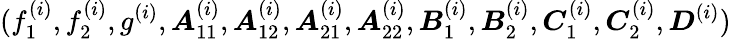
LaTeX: (f_{1}^{(i)},f_{2}^{(i)},g^{(i)},\boldsymbol{A}_{11}^{(i)},\boldsymbol{A}_{12}^{(i)},\boldsymbol{A}_{21}^{(i)},\boldsymbol{A}_{22}^{(i)},\boldsymbol{B}_{1}^{(i)},\boldsymbol{B}_{2}^{(i)},\boldsymbol{C}_{1}^{(i)},\boldsymbol{C}_{2}^{(i)},\boldsymbol{D}^{(i)})